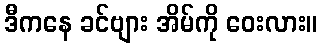
ဒီကနေ ခင်ဗျား အိမ်ကို ဝေးလား။